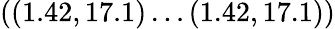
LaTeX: ((1.42,17.1)\dots(1.42,17.1))